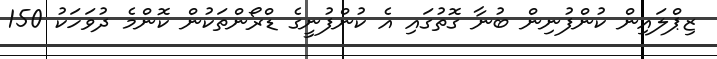
ޒިޕްލައިން ކުންފުނިން ބުނާ ގޮތުގައި އެ ކުންފުނީގެ ޑްރޯންތަކުން ކޮންމެ ދުވަހަކު 150